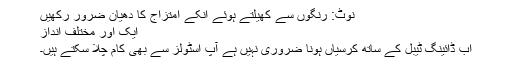
نوٹ: رنگوں سے کھیلتے ہوئے انکے امتزاج کا دھیان ضرور رکھیں
ایک اور مختلف انداز
اب ڈائینگ ٹیبل کے ساتھ کرسیاں ہونا ضروری نہیں ہے آپ اسٹولز سے بھی کام چلا سکتے ہیں۔